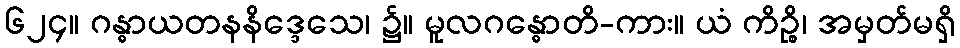
၆၂၄။ ဂန္ဓာယတနနိဒ္ဒေသေ၊ ၌။ မူလဂန္ဓောတိ-ကား။ ယံ ကိဉ္စိ၊ အမှတ်မရှိ